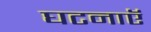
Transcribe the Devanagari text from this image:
घटनाएॅ